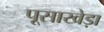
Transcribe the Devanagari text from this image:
पूसाखेड़ा